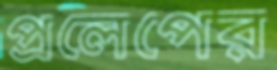
প্রলেপের